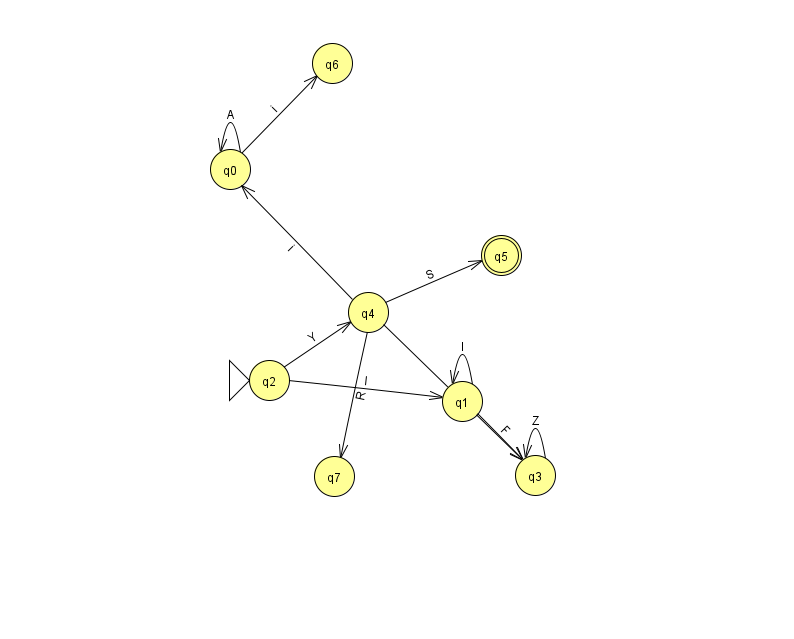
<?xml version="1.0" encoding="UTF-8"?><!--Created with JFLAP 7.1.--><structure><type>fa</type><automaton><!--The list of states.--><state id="0" name="q0"><x>230.0</x><y>156.0</y></state><state id="1" name="q1"><x>462.0</x><y>388.0</y></state><state id="2" name="q2"><x>269.0</x><y>367.0</y><initial/></state><state id="3" name="q3"><x>535.0</x><y>462.0</y></state><state id="4" name="q4"><x>368.0</x><y>299.0</y></state><state id="5" name="q5"><x>501.0</x><y>242.0</y><final/></state><state id="6" name="q6"><x>332.0</x><y>50.0</y></state><state id="7" name="q7"><x>334.0</x><y>463.0</y></state><!--The list of transitions.--><transition><from>0</from><to>0</to><read>A</read></transition><transition><from>4</from><to>0</to><read>i</read></transition><transition><from>2</from><to>1</to><read>l</read></transition><transition><from>2</from><to>4</to><read>Y</read></transition><transition><from>4</from><to>7</to><read>R</read></transition><transition><from>1</from><to>3</to><read>F</read></transition><transition><from>0</from><to>6</to><read>i</read></transition><transition><from>4</from><to>5</to><read>S</read></transition><transition><from>3</from><to>3</to><read>Z</read></transition><transition><from>1</from><to>1</to><read>l</read></transition><transition><from>4</from><to>3</to><read>s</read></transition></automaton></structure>